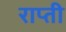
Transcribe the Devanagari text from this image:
राप्‍ती